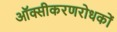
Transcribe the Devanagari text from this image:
ऑक्सीकरणरोधकों